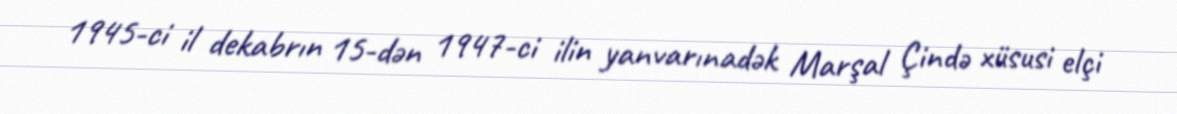
1945-ci il dekabrın 15-dən 1947-ci ilin yanvarınadək Marşal Çində xüsusi elçi